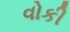
વોકી